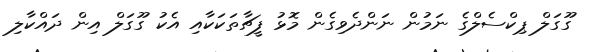
ގޫގަލް ޕިކްސެލްގެ ނަމުން ނަންދެވިގެން މޮޅު ފީޗާތަކަކާއި އެކު ގޫގަލް އިން ދައްކާލި